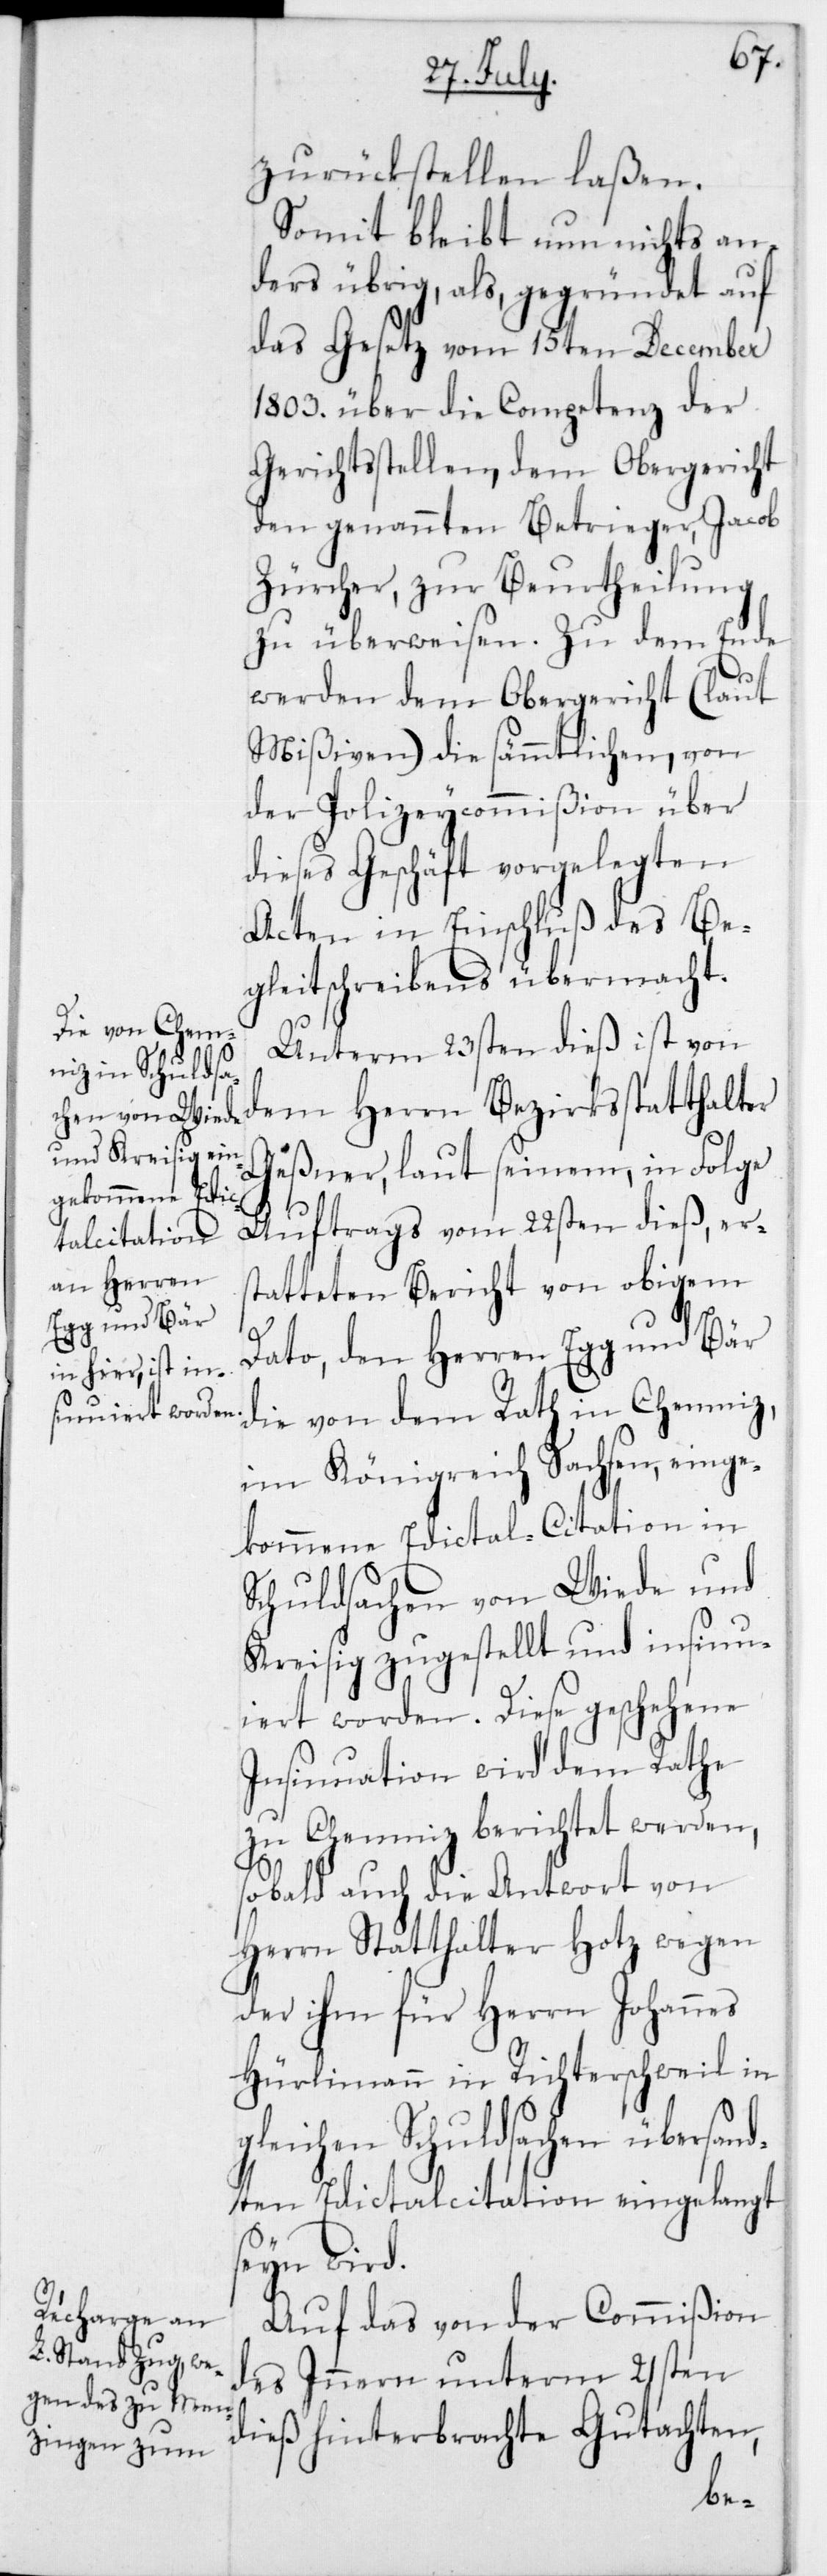
zurückstellen laßen.
Somit bleibt nun nichts an¬
ders übrig, als gegründet auf
das Gesetz vom 15ten December
1803 über die Competenz der
Gerichtsstellen, dem Obergericht
den genannten Betrieger, Jacob
Zürcher, zur Beurtheilung
zu überweisen. Zu dem Ende
werden dem Obergericht (laut
Mißiven) die sämmtlichen, von
der Polizeycommißion über
dieses Geschäft vorgelegten
Acten in Einschluß des Be¬
gleitschreibens übermacht.
Unterm 23sten dieß ist von
dem Herrn Bezirksstatthalter
Geßner, laut seinem in Folge
Auftrags vom 22sten dieß, ers¬
tatteten Bericht von obigem
Dato, den Herren Egg und Bär
die von dem Rath in Chemniz,
im Königreich Sachsen, einge¬
kommene Edictal-Citation in
Schuldsachen von Wiede und
Kreisig zugestellt und insinu¬
iert worden. Diese geschehene
Insinuation wird dem Rathe
zu Chemniz berichtet werden,
sobald auch die Antwort von
Herrn Statthalter Hotz wegen
der ihm für Herrn Johannes
Hürlimann in Richterschweil in
gleichen Schuldsachen übersan¬
dten Edictalcitation eingelangt
seyn wird.
Auf das von der Commißion
des Inneren unterm 21sten
dieß hinterbrachte Gutachten,